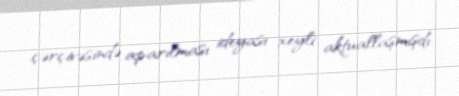
çərçivəsində aparılması ideyası xeyli aktuallaşmışdı.